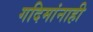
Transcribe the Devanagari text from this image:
गदिमांनाही